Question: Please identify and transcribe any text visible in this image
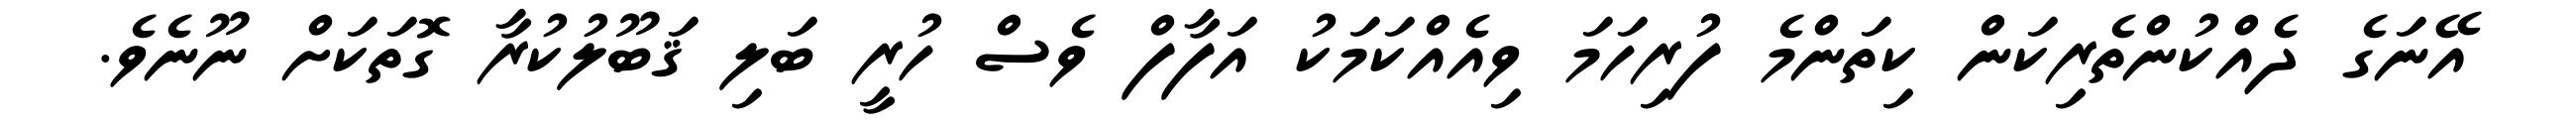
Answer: އޭނަގެ ދެއްކުންތެރިކަން ކިތަންމެ ފުރިހަމަ ވިއެއްކަމަކު އަފާފް ވެސް ހުރީ ބަލި ޤަބޫލުކުރާ ގޮތަކަށް ނޫނެވެ.